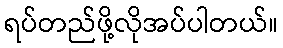
ရပ်တည်ဖို့လိုအပ်ပါတယ်။